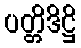
ပတ္တိဒိဋ္ဌိ